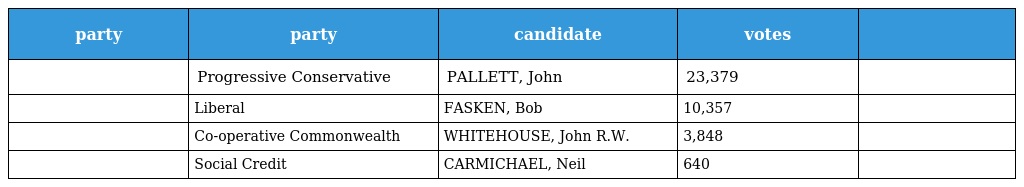
| party | party | candidate | votes |  |
 | --- | --- | --- | --- | --- |
 |  | Progressive Conservative | PALLETT, John | 23,379 |  |
 |  | Liberal | FASKEN, Bob | 10,357 |  |
 |  | Co-operative Commonwealth | WHITEHOUSE, John R.W. | 3,848 |  |
 |  | Social Credit | CARMICHAEL, Neil | 640 |  |